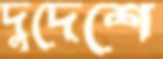
দুদেশে